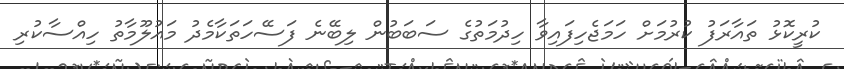
ކުރީކޮޅު ތައާރަފު ކުރުމަށް ހަމަޖެހިފައިވާ ހިދުމަތުގެ ސަބަބުން ލިބޭނެ ފަސޭހަތަކާމެދު މައުލޫމާތު ހިއްސާކުރި